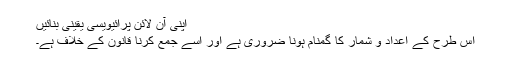
اپنی آن لائن پرائیویسی یقینی بنائیں
اس طرح کے اعداد و شمار کا گمنام ہونا ضروری ہے اور اسے جمع کرنا قانون کے خلاف ہے۔